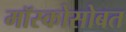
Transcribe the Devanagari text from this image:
मॉस्कोसोबत